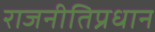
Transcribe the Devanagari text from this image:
राजनीतिप्रधान